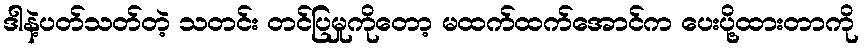
ဒါနဲ့ပတ်သတ်တဲ့ သတင်း တင်ပြမှုကိုတော့ မထက်ထက်အောင်က ပေးပို့ထားတာကို